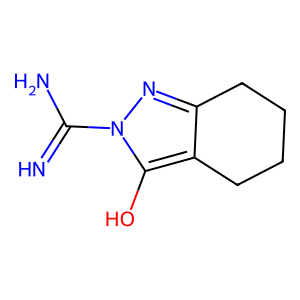
SMILES: N=C(N)n1nc2c(c1O)CCCC2
Inhibits HIV replication: No